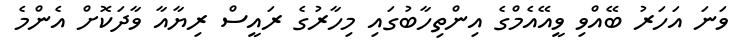
ވަނަ އަހަރު ބޭއްވި ވީއޭއެމްގެ އިންތިހާބުގައި މިހާރުގެ ރައީސް ރިޔާއާ ވާދަކޮށް އެންމެ